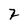
Character: 2